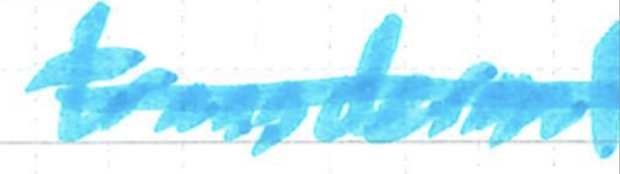
Text: transdermal
Cross-out: single-line
Writing tool: marker